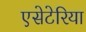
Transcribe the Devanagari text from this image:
एसेटेरिया